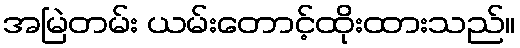
အမြဲတမ်း ယမ်းတောင့်ထိုးထားသည်။